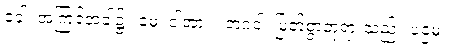
ခေါ၊ အကြင်အခါ၌။ မေ၊ ငါ့အား။ ဘဂဝါ၊ မြတ်စွာဘုရားသည်။ ပဌမံ၊